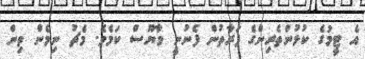
އެ ޓީމުގެ ކުޅުންތެރިންގެ ފަރާތުން ފެނުނީ މާޔޫސް ކަމެވެ. މެޗު ނިމެން ތިން